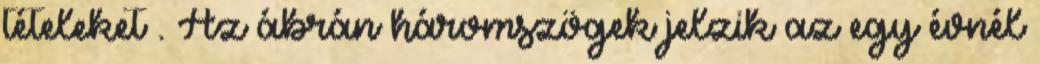
tételeket . Az ábrán háromszögek jelzik az egy évnél